Plague in India, 1896, 1897 - Volume 3
Year: 1896
Disease focus: Plague
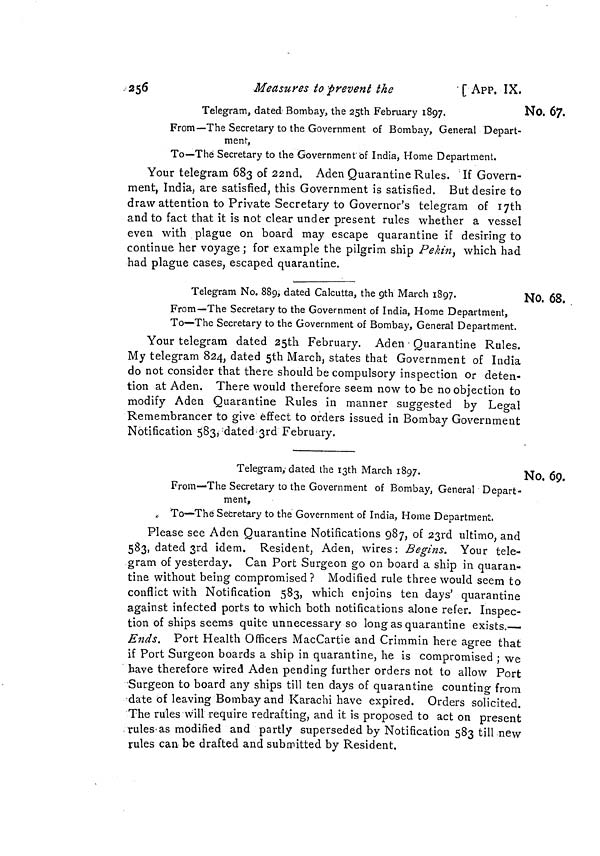
256
Measures to prevent the
[ APP. IX.
No. 67.
Telegram, dated Bombay, the 25th February 1897.
From—The Secretary to the Government of Bombay, General Depart-
ment,
To—The Secretary to the Government bf India, Home Department.
Your telegram 683 of 22nd. Aden Quarantine Rules. If Govern-
ment, India, are satisfied, this Government is satisfied. But desire to
draw attention to Private Secretary to Governor's telegram of 17th
and to fact that it is not clear under present rules whether a vessel
even with plague on board may escape quarantine if desiring to
continue her voyage ; for example the pilgrim ship Pekin, which had
had plague cases, escaped quarantine.
No. 68.
Telegram No. 889, dated Calcutta, the 9th March 1897.
From—The Secretary to the Government of India, Home Department,
To—The Secretary to the Government of Bombay, General Department.
Your telegram dated 25th February. Aden Quarantine Rules.
My telegram 824, dated 5th March, states that Government of India
do not consider that there should be compulsory inspection or deten-
tion at Aden. There would therefore seem now to be no objection to
modify Aden Quarantine Rules in manner suggested by Legal
Remembrancer to give effect to orders issued in Bombay Government
Notification 583, dated 3rd February.
No. 69.
Telegram,dated the 13th March 1897.
From—The Secretary to the Government of Bombay, General Depart-
ment,
To—The Secretary to the Government of India, Home Department.
Please see Aden Quarantine Notifications 987, of 23rd ultimo, and
583, dated 3rd idem. Resident, Aden, wires: Begins. Your tele-
gram of yesterday. Can Port Surgeon go on board a ship in quaran-
tine without being compromised? Modified rule three would seem to
conflict with Notification 583, which enjoins ten days' quarantine
against infected ports to which both notifications alone refer. Inspec-
tion of ships seems quite unnecessary so long as quarantine exists.—
Ends. Port Health Officers MacCartie and Crimmin here agree that
if Port Surgeon boards a ship in quarantine, he is compromised ; we
have therefore wired Aden pending further orders not to allow Port
•Surgeon to board any ships till ten days of quarantine counting from
date of leaving Bombay and Karachi have expired. Orders solicited.
The rules will require redrafting, and it is proposed to act on present
rules'as modified and partly superseded by Notification 583 till new
rules can be drafted and submitted by Resident.